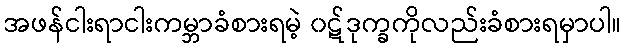
အဖန်ငါးရာငါးကမ္ဘာခံစားရမဲ့ ၀ဋ်ဒုက္ခကိုလည်းခံစားရမှာပါ။